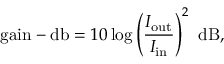
{ \mathrm { g a i n - d b } } = 1 0 \log \left( { \frac { I _ { \mathrm { o u t } } } { I _ { \mathrm { i n } } } } \right) ^ { 2 } ~ { \mathrm { d B } } ,